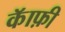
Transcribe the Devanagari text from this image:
कॅाफ़ी